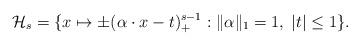
LaTeX: \begin{align*}\mathcal{H}_{s} = \{ x\mapsto \pm(\alpha\cdot x - t)^{s-1}_{+} : \|\alpha\|_1 = 1, \; |t| \leq 1 \}.\end{align*}